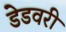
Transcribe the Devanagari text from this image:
डेडवरी